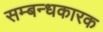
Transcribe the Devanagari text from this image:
सम्बन्धकारक